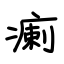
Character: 瘌